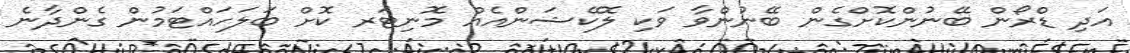
އަދި ޑްރޯން ބޭނުންކޮށްގެން ބޭނުންވާ ވަކި ލޮކޭޝަންއެއް މޮނިޓަރ ކޮށް ބަލަހައްޓަމުން ގެންދާނެ